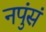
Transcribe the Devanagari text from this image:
नपुंसं